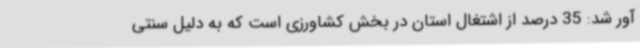
آور شد: 35 درصد از اشتغال استان در بخش کشاورزی است که به دلیل سنتی